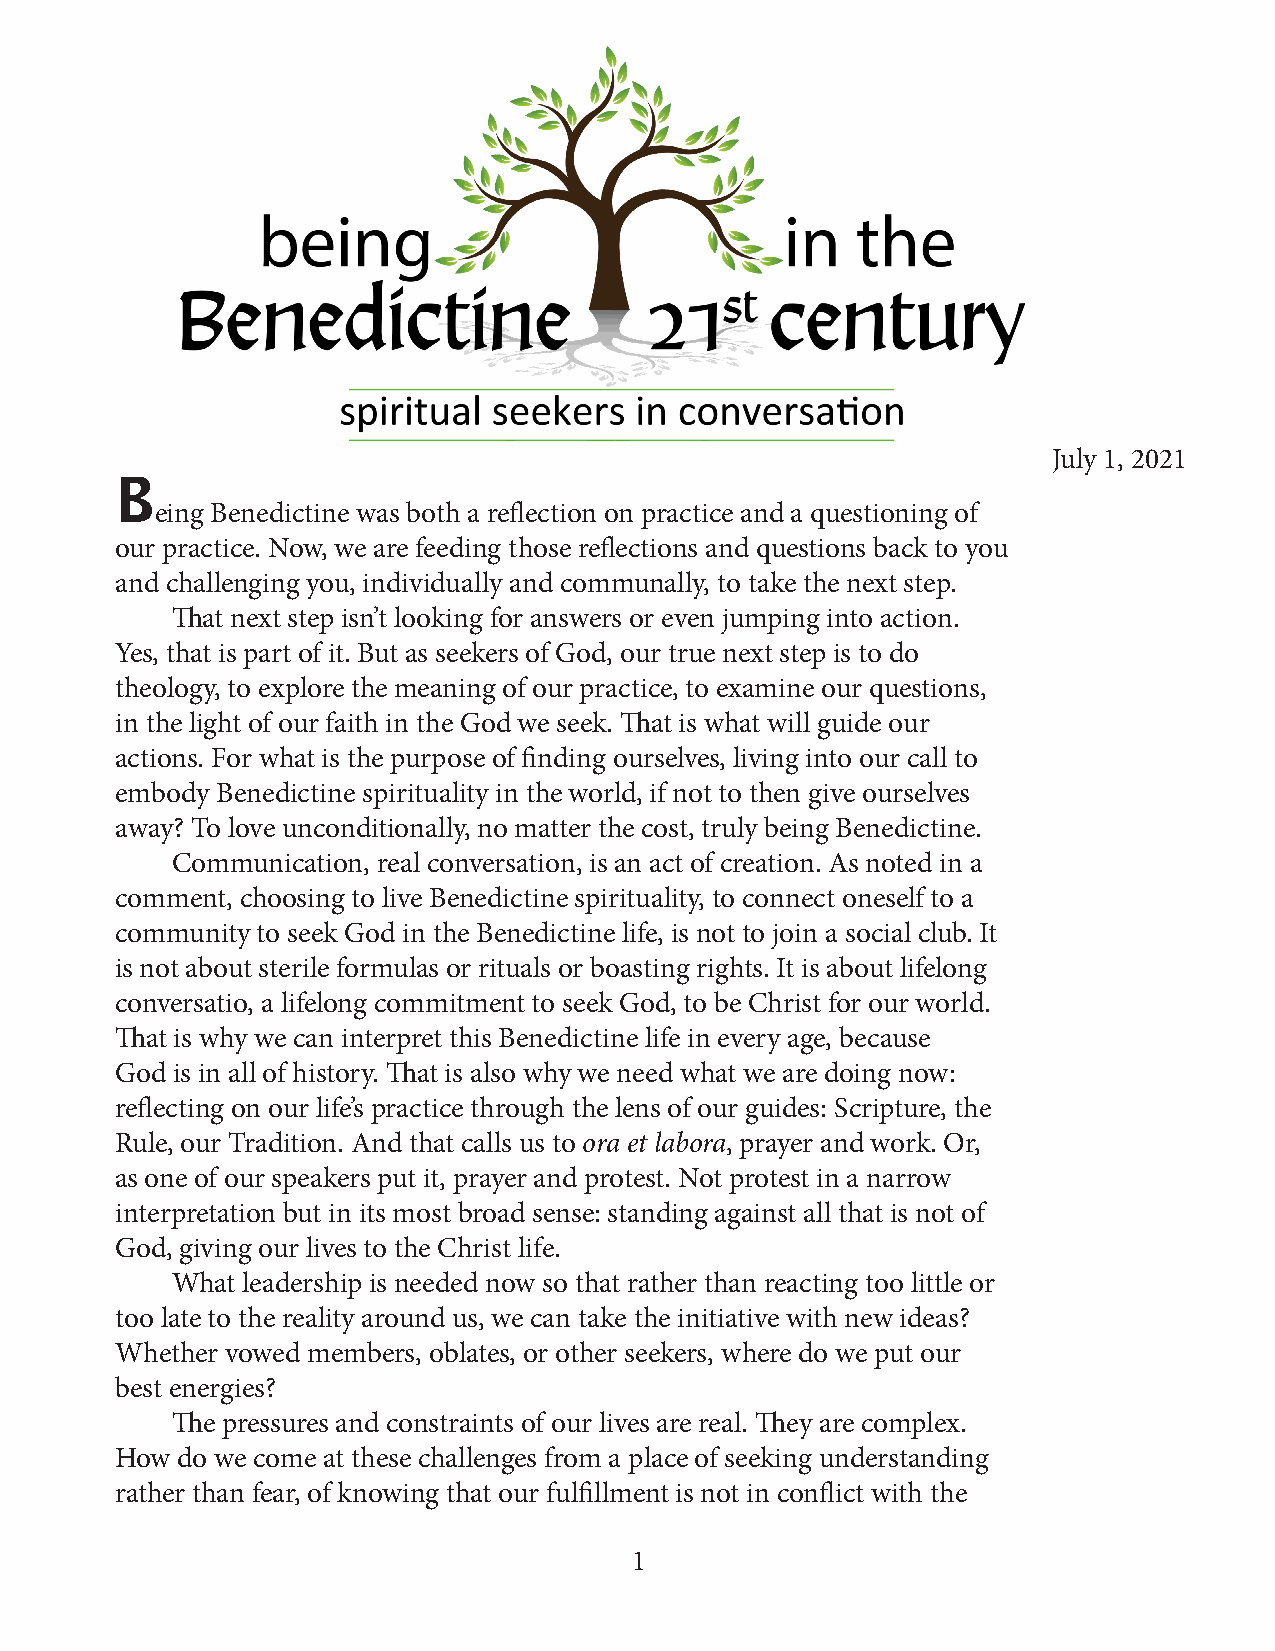
July 1, 2021
 B
 eing Benedictine was both a reflection on practice and a questioning of
 our practice. Now, we are feeding those reflections and questions back to you
 and challenging you, individually and communally, to take the next step.
 That next step isn’t looking for answers or even jumping into action.
 Yes, that is part of it. But as seekers of God, our true next step is to do
 theology, to explore the meaning of our practice, to examine our questions,
 in the light of our faith in the God we seek. That is what will guide our
 actions. For what is the purpose of finding ourselves, living into our call to
 embody Benedictine spirituality in the world, if not to then give ourselves
 away? To love unconditionally, no matter the cost, truly being Benedictine.
 Communication, real conversation, is an act of creation. As noted in a
 comment, choosing to live Benedictine spirituality, to connect oneself to a
 community to seek God in the Benedictine life, is not to join a social club. It
 is not about sterile formulas or rituals or boasting rights. It is about lifelong
 conversatio, a lifelong commitment to seek God, to be Christ for our world.
 That is why we can interpret this Benedictine life in every age, because
 God is in all of history. That is also why we need what we are doing now:
 reflecting on our life’s practice through the lens of our guides: Scripture, the
 Rule, our Tradition. And that calls us to ora et labora, prayer and work. Or,
 as one of our speakers put it, prayer and protest. Not protest in a narrow
 interpretation but in its most broad sense: standing against all that is not of
 God, giving our lives to the Christ life.
 What leadership is needed now so that rather than reacting too little or
 too late to the reality around us, we can take the initiative with new ideas?
 Whether vowed members, oblates, or other seekers, where do we put our
 best energies?
 The pressures and constraints of our lives are real. They are complex.
 How do we come at these challenges from a place of seeking understanding
 rather than fear, of knowing that our fulfillment is not in conflict with the
 1